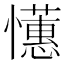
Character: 𢤺